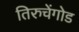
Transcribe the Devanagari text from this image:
तिरुचेंगोड